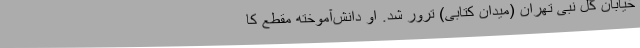
خیابان گل نبی تهران (میدان کتابی) ترور شد. او دانش‌آموخته مقطع کا